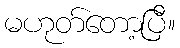
မဟုတ်တော့ပြီ။